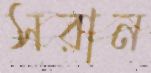
সরান